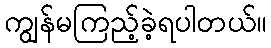
ကျွန်မကြည့်ခဲ့ရပါတယ်။